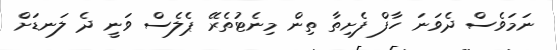
ނަމަވެސް ދެވަނަ ހާފް ފެށިތާ ތިން މިނެޓުތެރޭ ޕެލެސް ވަނީ ދެ ލަނޑަށް